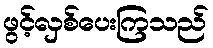
ဖွင့်လှစ်ပေးကြသည်